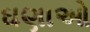
ઘણાઓ